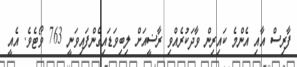
ފާރިސް އާއި އެންމެ ކައިރިން ވާދަކުރެއްވި ރާޟީއަށް ލިބިވަޑައިގެންފައިވަނީ 763 ވޯޓެވެ. އެއީ